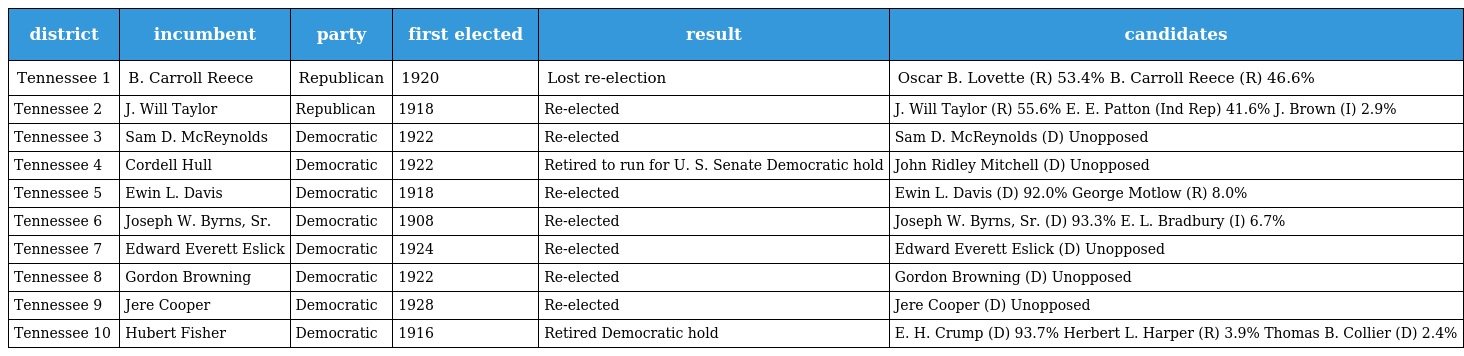
| district | incumbent | party | first elected | result | candidates |
 | --- | --- | --- | --- | --- | --- |
 | Tennessee 1 | B. Carroll Reece | Republican | 1920 | Lost re-election | Oscar B. Lovette (R) 53.4% B. Carroll Reece (R) 46.6% |
 | Tennessee 2 | J. Will Taylor | Republican | 1918 | Re-elected | J. Will Taylor (R) 55.6% E. E. Patton (Ind Rep) 41.6% J. Brown (I) 2.9% |
 | Tennessee 3 | Sam D. McReynolds | Democratic | 1922 | Re-elected | Sam D. McReynolds (D) Unopposed |
 | Tennessee 4 | Cordell Hull | Democratic | 1922 | Retired to run for U. S. Senate Democratic hold | John Ridley Mitchell (D) Unopposed |
 | Tennessee 5 | Ewin L. Davis | Democratic | 1918 | Re-elected | Ewin L. Davis (D) 92.0% George Motlow (R) 8.0% |
 | Tennessee 6 | Joseph W. Byrns, Sr. | Democratic | 1908 | Re-elected | Joseph W. Byrns, Sr. (D) 93.3% E. L. Bradbury (I) 6.7% |
 | Tennessee 7 | Edward Everett Eslick | Democratic | 1924 | Re-elected | Edward Everett Eslick (D) Unopposed |
 | Tennessee 8 | Gordon Browning | Democratic | 1922 | Re-elected | Gordon Browning (D) Unopposed |
 | Tennessee 9 | Jere Cooper | Democratic | 1928 | Re-elected | Jere Cooper (D) Unopposed |
 | Tennessee 10 | Hubert Fisher | Democratic | 1916 | Retired Democratic hold | E. H. Crump (D) 93.7% Herbert L. Harper (R) 3.9% Thomas B. Collier (D) 2.4% |